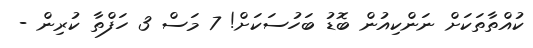
ކުއްތާތަކަށް ނަންކިއުން ބޮޑު ބަހުސަކަށް! 7 މަސް 3 ހަފްތާ ކުރިން -